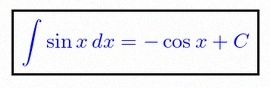
\int \sin x\,dx=-\cos x+C